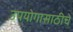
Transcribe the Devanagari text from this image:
उपयोगासाठीचे